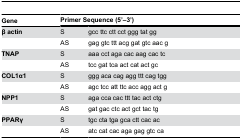
<table><thead><tr><td><b>Gene</b></td><td colspan="2"><b>Primer Sequence (5’–3’)</b></td></tr></thead><tbody><tr><td><b>β actin</b></td><td>S</td><td>gcc ttc ctt cct ggg tat gg</td></tr><tr><td></td><td>AS</td><td>gag gtc ttt acg gat gtc aac g</td></tr><tr><td><b>TNAP</b></td><td>S</td><td>aaa cct aga cac aag cac tc</td></tr><tr><td></td><td>AS</td><td>tcc gat tca act cat act gc</td></tr><tr><td><b>COL1α1</b></td><td>S</td><td>ggg aca cag agg ttt cag tgg</td></tr><tr><td></td><td>AS</td><td>agc tcc att ttc acc agg act g</td></tr><tr><td><b>NPP1</b></td><td>S</td><td>aga cca cac ttt tac act ctg</td></tr><tr><td></td><td>AS</td><td>gat gac ctc act gct tac tg</td></tr><tr><td><b>PPARγ</b></td><td>S</td><td>tgc cta tga gca ctt cac ac</td></tr><tr><td></td><td>AS</td><td>atc cat cac aga gag gtc ca</td></tr></tbody></table>